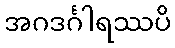
အဂဒင်္ဂါရဿပိ